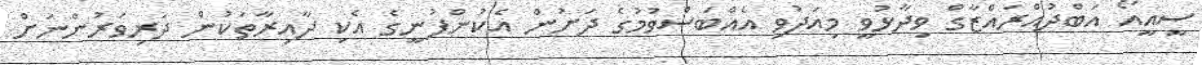
ސީއީއޯ އަބްދުއްރައްޒާގް ވިދާޅުވީ މިއަދުވި އެއްބަސްވުމުގެ ދަށުން އެކުންފުނީގެ އެކި ދާއިރާތަކުން ދަރިވަރުންނަށް